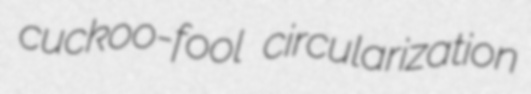
cuckoo-fool circularization